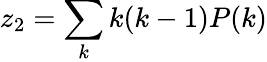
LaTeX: z_{2}=\sum_{k}k(k-1)P(k)